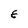
Character: E